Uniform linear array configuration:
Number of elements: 4
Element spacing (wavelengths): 0.75
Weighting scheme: uniform
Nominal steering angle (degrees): -60
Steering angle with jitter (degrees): -59.168
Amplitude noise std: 0.05
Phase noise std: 0.05

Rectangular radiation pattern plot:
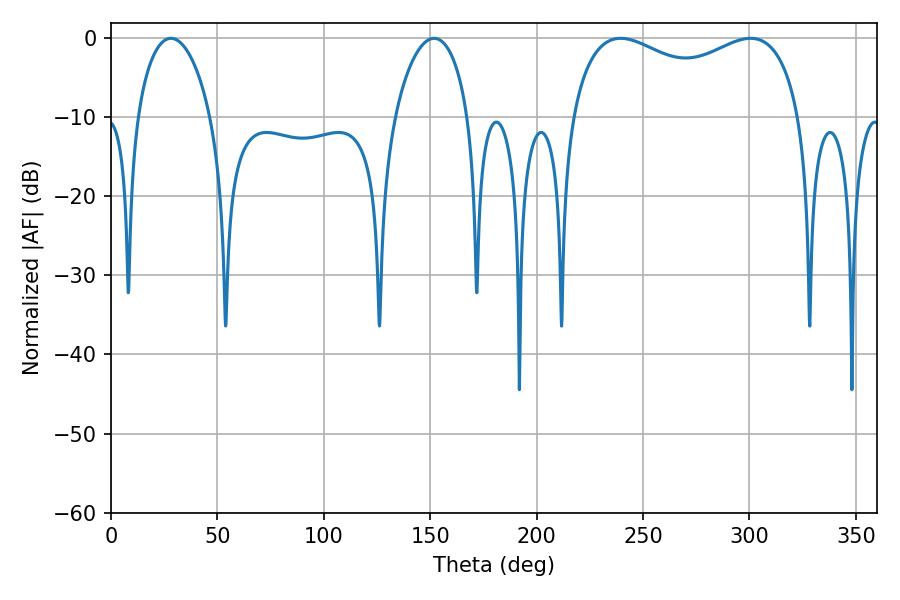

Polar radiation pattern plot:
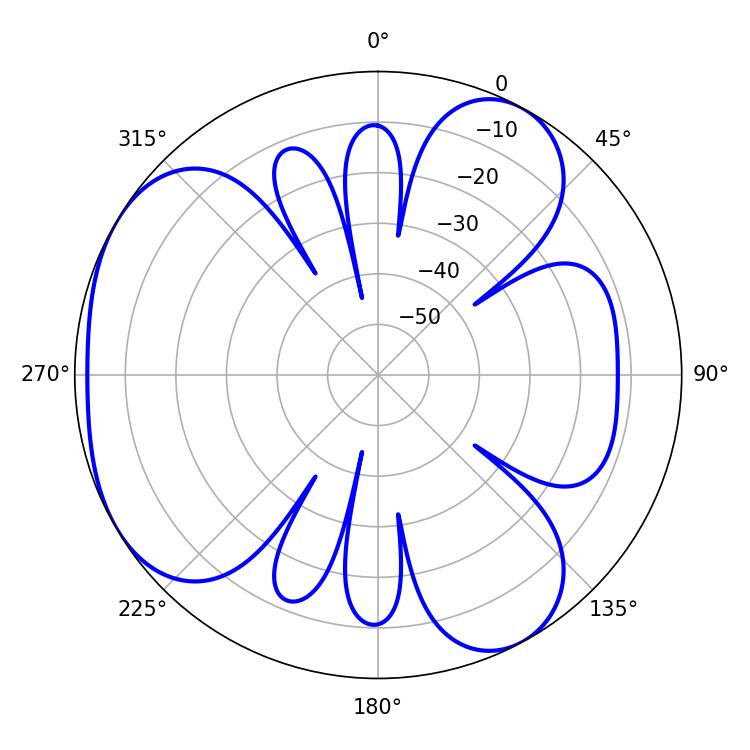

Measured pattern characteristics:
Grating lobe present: TRUE
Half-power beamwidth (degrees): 89.28
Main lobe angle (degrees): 239.4